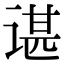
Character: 谌